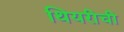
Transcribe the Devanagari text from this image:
थियरीची